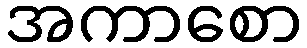
အကာစော